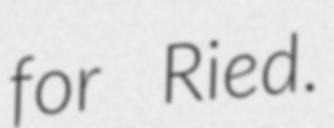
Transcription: for Ried.